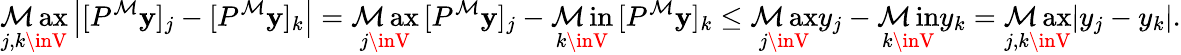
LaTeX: \operatorname*{\mathcal{M}ax}_{j,k\inV}\left|[P^{\mathcal{M}}\mathbf{{y}}]_{j}-[P^{\mathcal{M}}\mathbf{{y}}]_{k}\right|=\operatorname*{\mathcal{M}ax}_{j\inV}\, [P^{\mathcal{M}}\mathbf{{y}}]_{j}-\operatorname*{\mathcal{M}in}_{k\inV}\, [P^{\mathcal{M}}\mathbf{{y}}]_{k}\leq\operatorname*{\mathcal{M}ax}_{j\inV}y_{j}-\operatorname*{\mathcal{M}in}_{k\inV}y_{k}=\operatorname*{\mathcal{M}ax}_{j,k\inV}|y_{j}-y_{k}|.